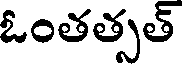
ఓంతత్సత్